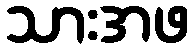
သားအဖ